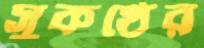
সুকণ্ঠের